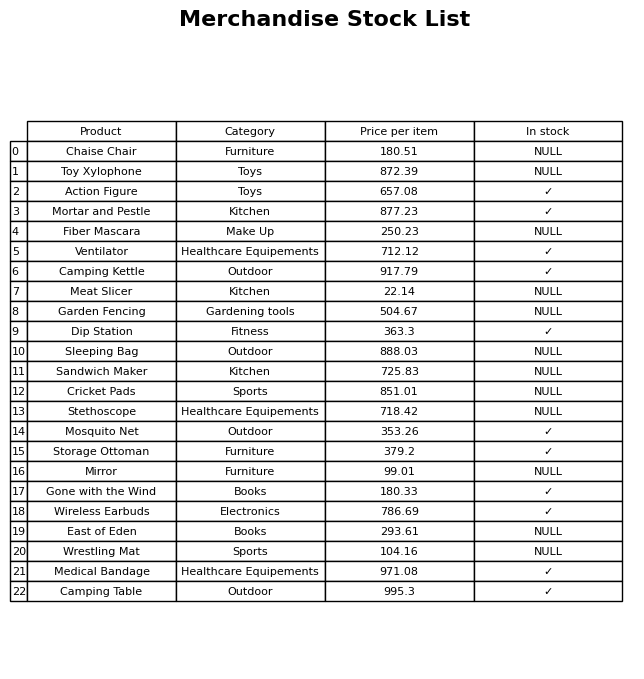
question: What is the price for Meat Slicer?
answer: The price of Meat Slicer is 22.14.